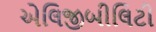
એલિજીબીલિટી